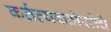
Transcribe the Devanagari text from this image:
कर्तव्यकठोरतेचे